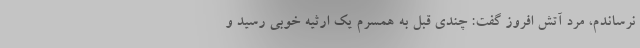
نرساندم، مرد آتش افروز گفت: چندی قبل به همسرم یک ارثیه خوبی رسید و